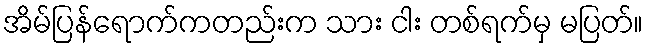
အိမ်ပြန်ရောက်ကတည်းက သား ငါး တစ်ရက်မှ မပြတ်။